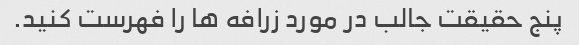
پنج حقیقت جالب در مورد زرافه ها را فهرست کنید.